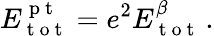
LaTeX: E_{\mathrm{~t~o~t~}}^{\mathrm{~p~t~}}=e^{2}E_{\mathrm{~t~o~t~}}^{\beta}\, .